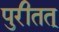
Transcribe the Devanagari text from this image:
पुरीतत्